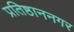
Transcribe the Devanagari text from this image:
प्रतिष्ठाननगर